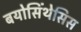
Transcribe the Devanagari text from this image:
बयोसिंथेसिस